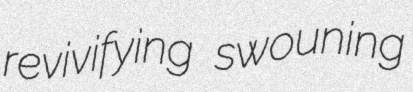
revivifying swouning